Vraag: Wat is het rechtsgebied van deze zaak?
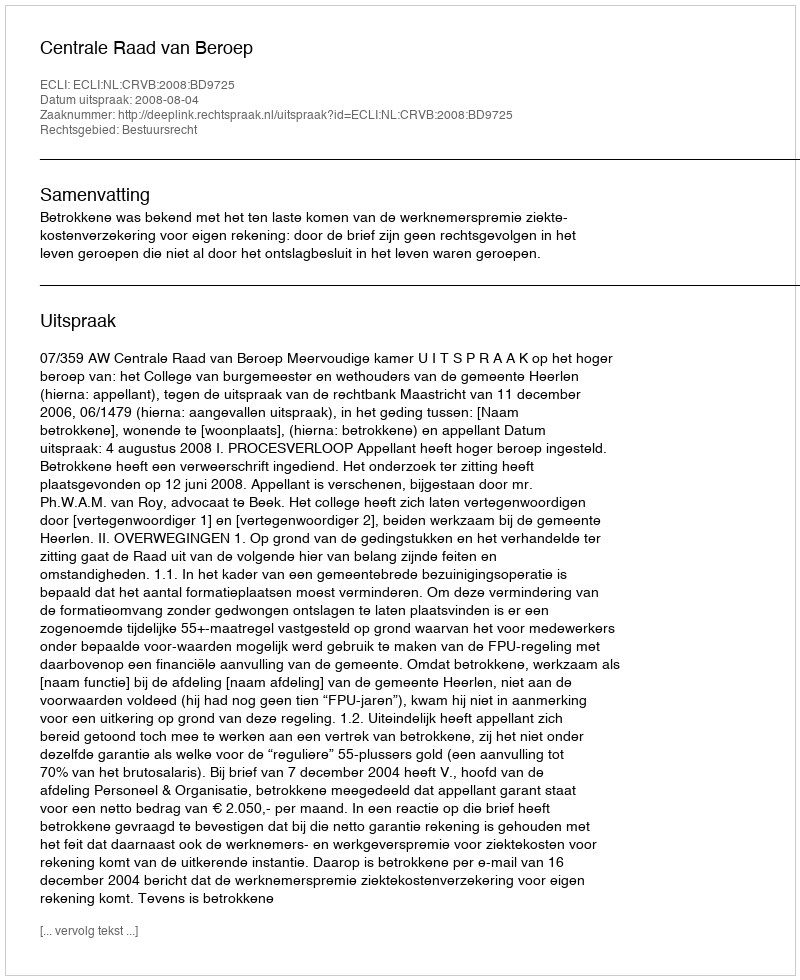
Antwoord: Bestuursrecht